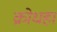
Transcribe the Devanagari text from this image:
क्रोधहा